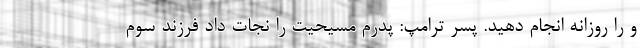
و را روزانه انجام دهید. پسر ترامپ: پدرم مسیحیت را نجات داد فرزند سوم